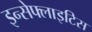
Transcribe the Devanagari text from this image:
इन्सेफ्लाइटिस